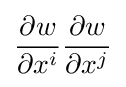
{\frac {\partial {w}}{\partial {x^{i}}}}{\frac {\partial {w}}{\partial {x^{j}}}}